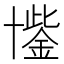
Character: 𮰐